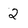
Character: 2